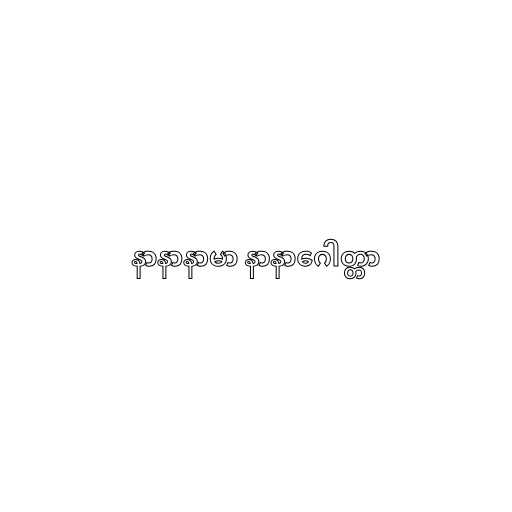
နာနာနာမာ နာနာဂေါတ္တာ